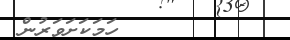
١٠٥         ހަމަކަށަވަރުން